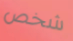
شخص